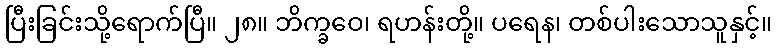
ပြီးခြင်းသို့ရောက်ပြီ။ ၂၈။ ဘိက္ခဝေ၊ ရဟန်းတို့။ ပရေန၊ တစ်ပါးသောသူနှင့်။